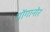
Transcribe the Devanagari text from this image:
गोंगानोर